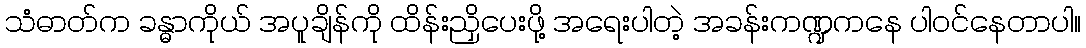
သံဓာတ်က ခန္ဓာကိုယ် အပူချိန်ကို ထိန်းညှိပေးဖို့ အရေးပါတဲ့ အခန်းကဏ္ဍကနေ ပါဝင်နေတာပါ။